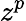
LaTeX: z^{p}